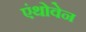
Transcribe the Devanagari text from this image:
एंथोवेन